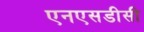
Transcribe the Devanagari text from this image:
एनएसडीसी